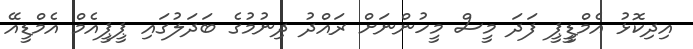
އިދިކޮޅު އެމްޑީީޕީ ފަދަ މީސް މީހުންނަށް ރައްދު ދިނުމުގެ ބަދަލުގައި ޕީޕީއެމް އެމްޑީއޭ